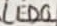
Text: LED0